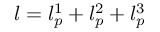
l = l _ { p } ^ { 1 } + l _ { p } ^ { 2 } + l _ { p } ^ { 3 }